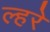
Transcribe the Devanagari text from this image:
ल्हरे